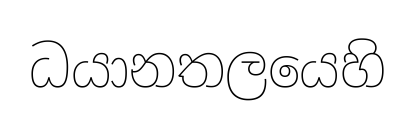
ධයානතලයෙහි